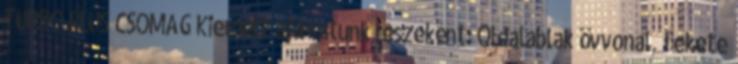
TURBO PLUS CSOMAG Kiemelt ajánlatunk részeként: Oldalablak övvonal, fekete